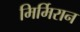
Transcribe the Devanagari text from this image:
मिर्मिरान